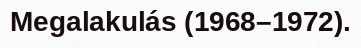
Megalakulás (1968–1972).